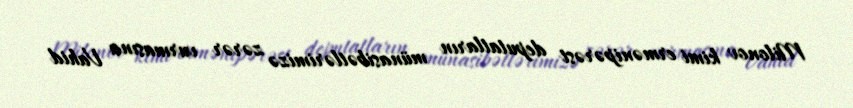
Milonov kimi ermənipərəst deputatların münasibətlərimizə zərər vurmasına Vahid